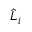
\widehat { L } _ { i }